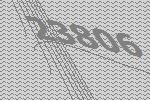
23806